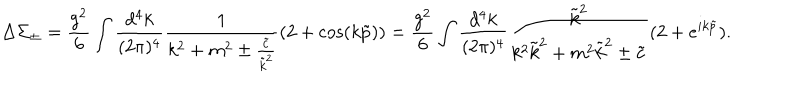
LaTeX: \Delta \Sigma _ { \pm } = \frac { g ^ { 2 } } 6 \int \frac { d ^ { 4 } k } { ( 2 \pi ) ^ { 4 } } \frac 1 { k ^ { 2 } + m ^ { 2 } \pm \frac { \tilde { c } } { \tilde { k } ^ { 2 } } } ( 2 + \cos ( k \tilde { p } ) ) = \frac { g ^ { 2 } } 6 \int \frac { d ^ { 4 } k } { ( 2 \pi ) ^ { 4 } } \frac { \tilde { k } ^ { 2 } } { k ^ { 2 } \tilde { k } ^ { 2 } + m ^ { 2 } \tilde { k } ^ { 2 } \pm \tilde { c } } ( 2 + e ^ { i k \tilde { p } } ) .